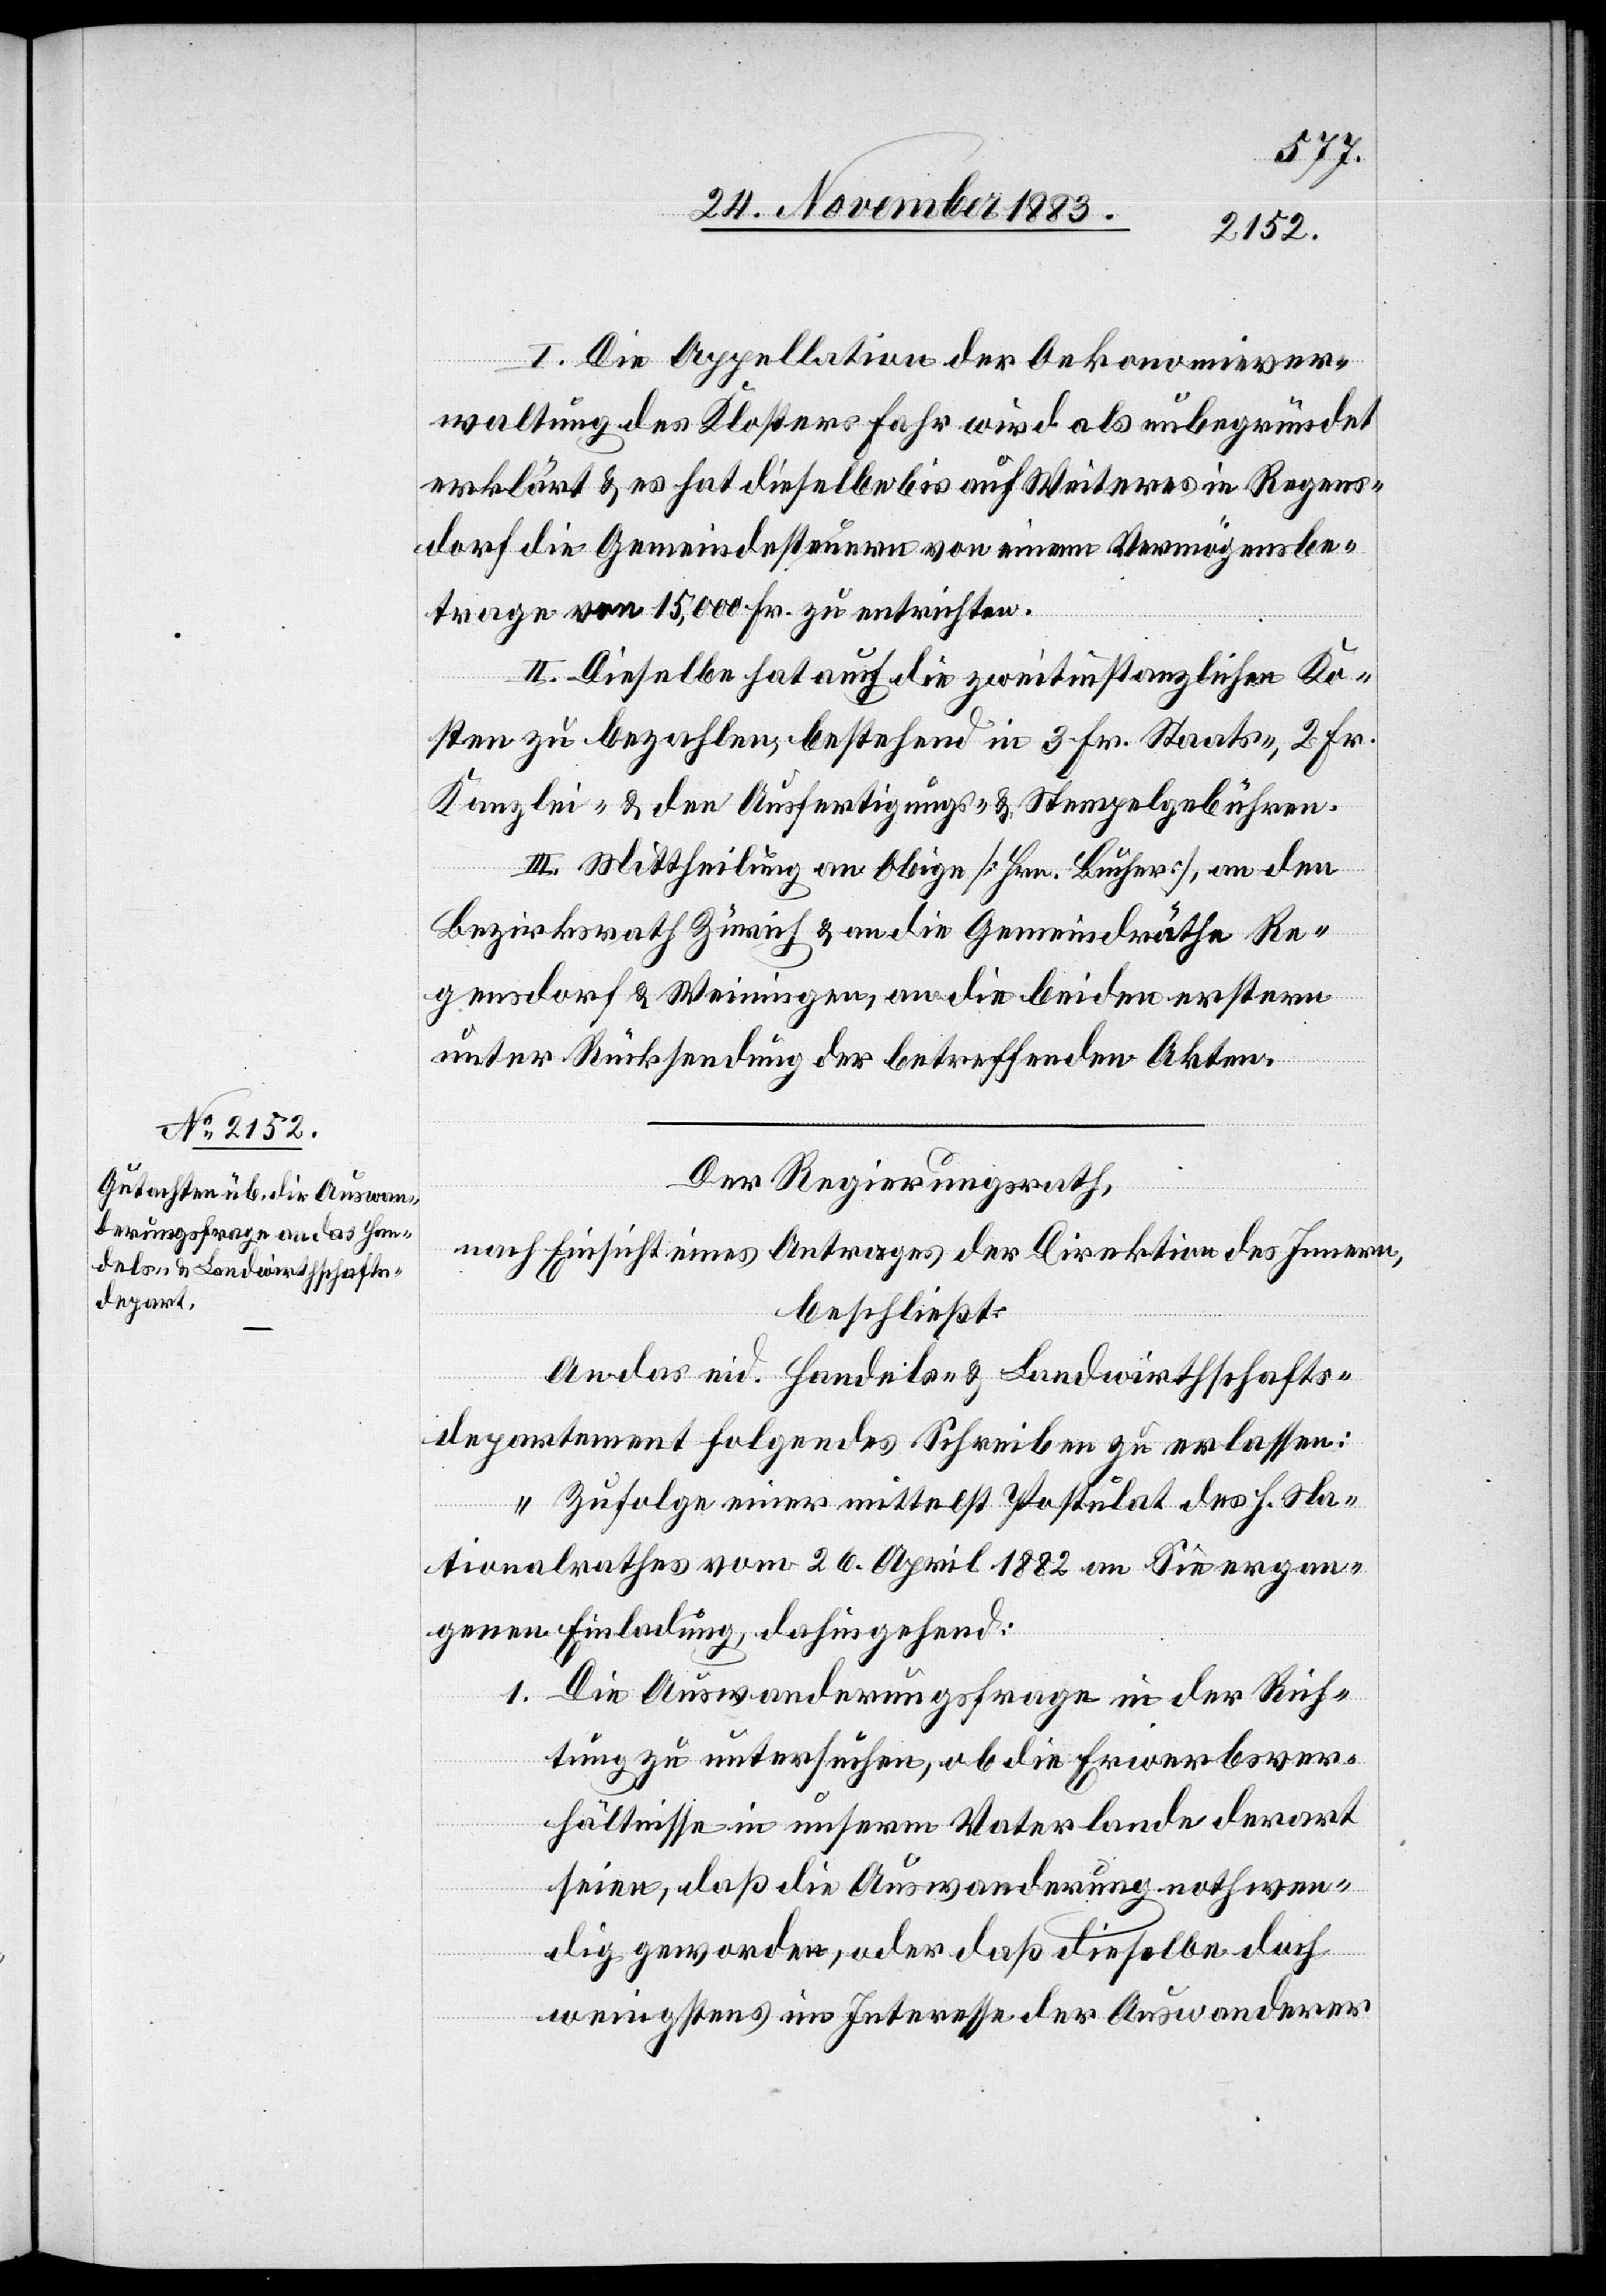
I. Die Appellation der Oekonomiever¬
waltung des Klosters Fahr wird als unbegründet
erklärt & es hat dieselbe bis auf Weiteres in Regens¬
dorf die Gemeindesteuern von einem Vermögensbe¬
trage von 15,000 Fr. zu entrichten.
II. Dieselbe hat auch die zweitinstanzlichen Ko¬
sten zu bezahlen, bestehend in 3 Fr. Staats-, 2 Fr.
Kanzlei, & den Ausfertigungs- & Stempelgebühren.
III. Mittheilung an Obige [Hrn. Bucher], an den
Bezirksrath Zürich & an die Gemeindräthe Re¬
gensdorf & Weiningen, an die beiden erstern
unter Rücksendung der betreffenden Akten.
Der Regierungsrath,
nach Einsicht eines Antrages der Direktion des Innern,
beschließt:
An das eid. Handels- & Landwirthschafts¬
departement folgendes Schreiben zu erlassen:
„Zufolge einer mittelst Postulat des h. Na¬
tionalrathes vom 26. April 1882 an Sie ergan¬
genen Einladung, dahingehend:
1. Die Auswanderungsfrage in der Rich¬
tung zu untersuchen, ob die Erwerbsver¬
hältnisse in unserm Vaterlande derart
seien, daß die Auswanderung nothwen¬
dig geworden, oder daß dieselbe doch
wenigstens im Interesse der Auswanderer